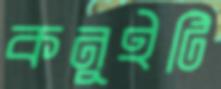
কনুইটি